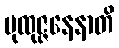
ပုထုဇ္ဇနေနာတိ